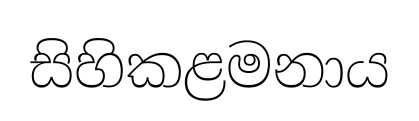
සිහිකළමනාය